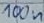
Text: 100n